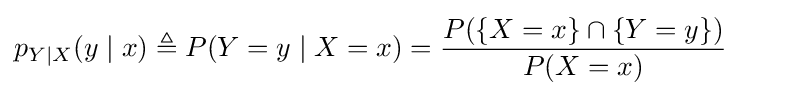
p_{Y|X}(y\mid x)\triangleq P(Y=y\mid X=x)={\frac {P(\{X=x\}\cap \{Y=y\})}{P(X=x)}}\qquad